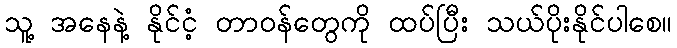
သူ့ အနေနဲ့ နိုင်ငံ့ တာဝန်တွေကို ထပ်ပြီး သယ်ပိုးနိုင်ပါစေ။